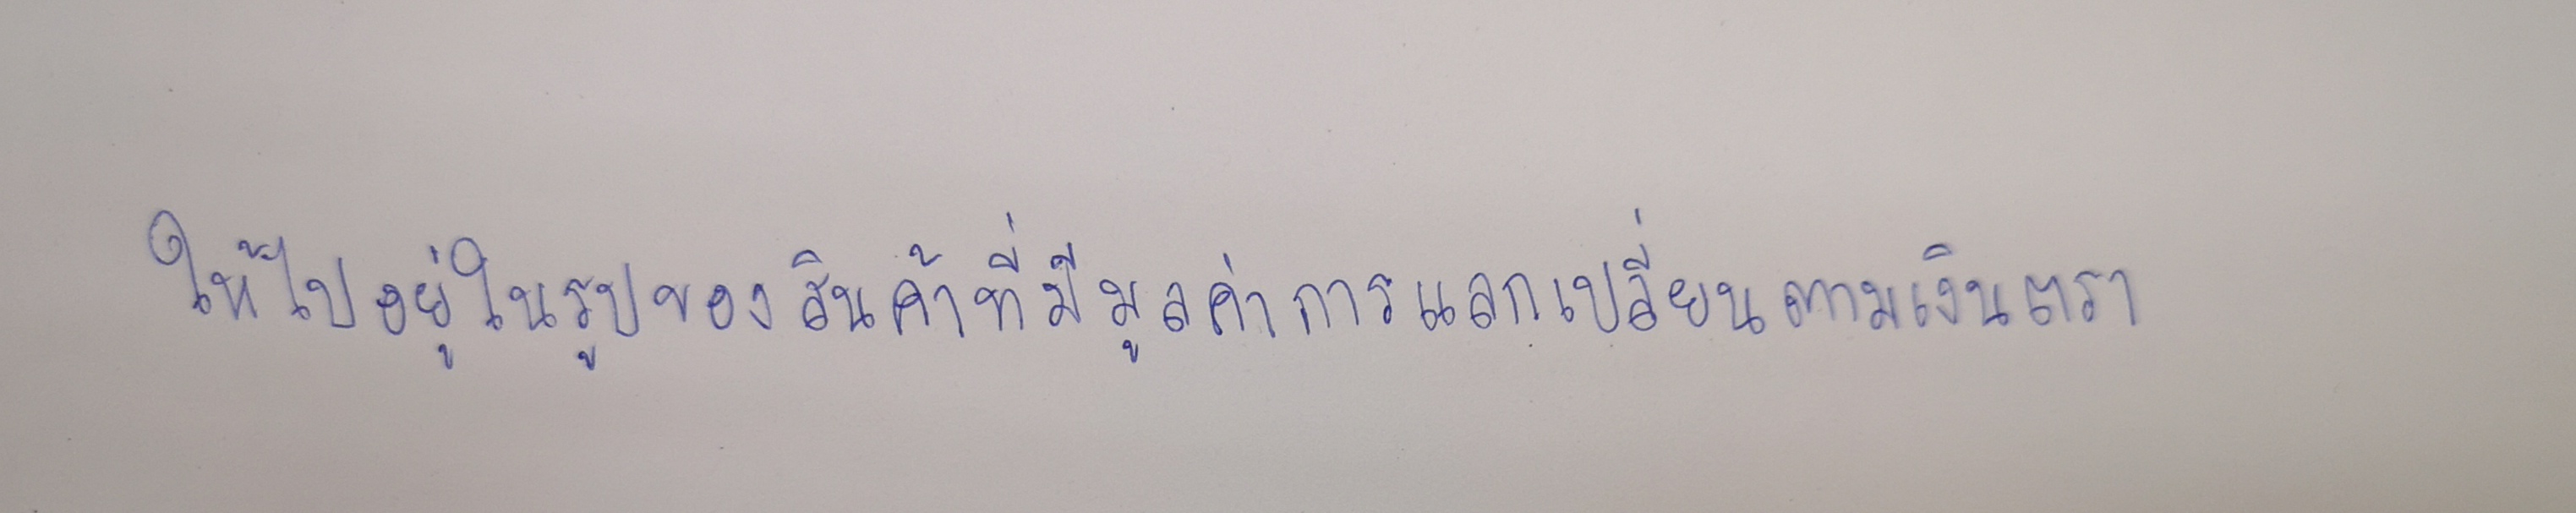
ให้ไปอยู่ในรูปของสินค้าที่มีมูลค่าการแลกเปลี่ยนตามเงินตรา